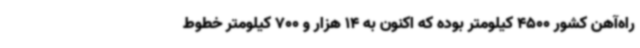
راه‌آهن کشور 4500 کیلومتر بوده که اکنون به 14 هزار و 700 کیلومتر خطوط